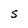
Character: s